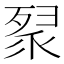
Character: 𭮚